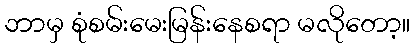
ဘာမှ စုံစမ်းမေးမြန်းနေစရာ မလိုတော့။